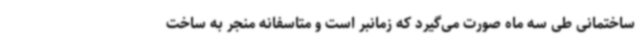
ساختمانی طی سه ماه صورت می‌گیرد که زمانبر است و متاسفانه منجر به ساخت